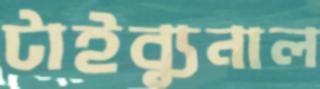
টাইব্যুনাল